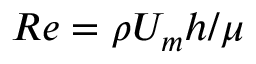
R e = \rho U _ { m } h / \mu